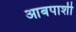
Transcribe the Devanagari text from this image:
आबपाशी